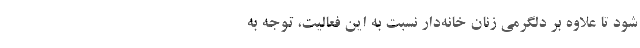
شود تا علاوه بر دلگرمی زنان خانه‌دار نسبت به این فعالیت، توجه به